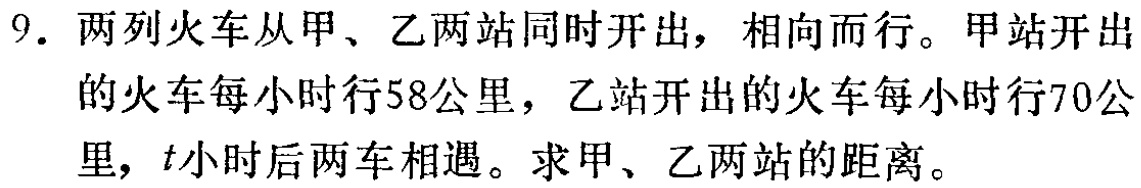
9. 两列火车从甲、乙两站同时开出，相向而行。甲站开出的火车每小时行58公里，乙站开出的火车每小时行70公里，\(t\)小时后两车相遇。求甲、乙两站的距离。